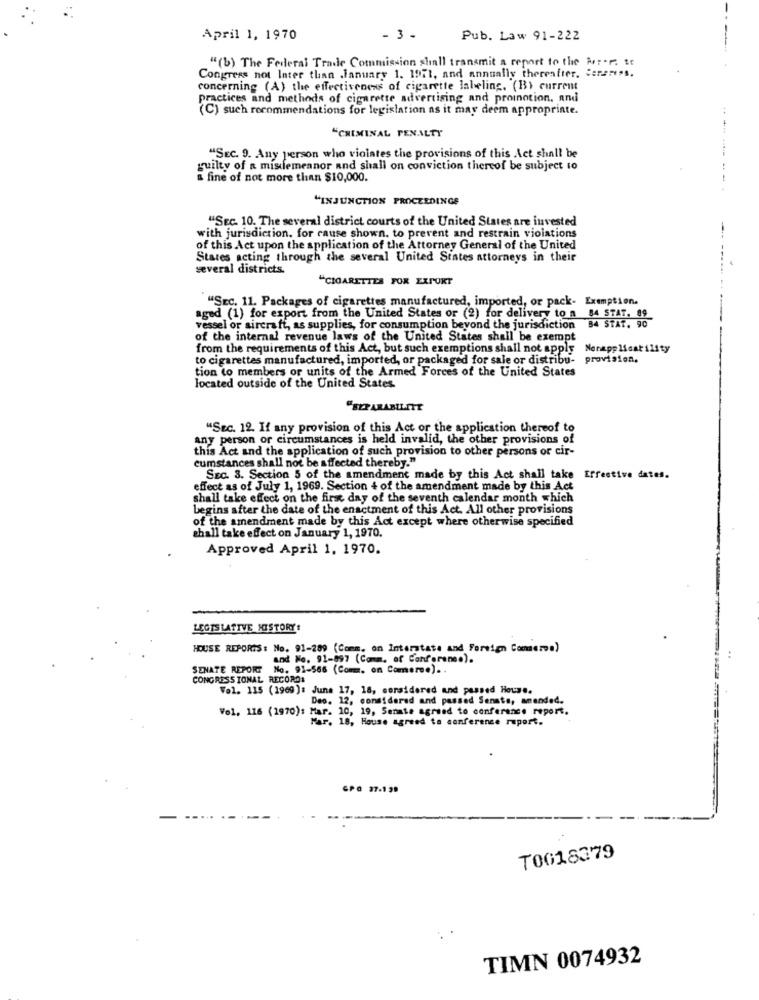
April 1, 1970
- 3 .
Pub. Law 91-222
"(b) The Federal Trade Commission shall transmit a report to the Per-r. se
Congress not Inter than .January 1. 1971, and annually thereafter. Sereress.
concerning (A) the effectiveness of cigarette labeling. (BY current
practices and methods of cigarette advertising and promotion, and
(C) such recommendations for legislation as it may deem appropriate.
"CRIMINAL PENALTY
"SEC. 9. Any person who violates the provisions of this Act shall be
guilty of a misdemeanor and shall on conviction thereof be subject to
a fine of not more than $10,000.
---------.
"INJUNCTION PROCEEDINGS
"SEC. 10. The several district courts of the United States are invested
-
with jurisdiction, for cause shown. to prevent and restrain violations
of this Act upon the application of the Attorney General of the United
States acting through the several United States attorneys in their
several districts.
"CIGARETTES FOX EXPORT
"SEC. 11. Packages of cigarettes manufactured, imported, or pack- Exemption.
aged (1) for export from the United States or (2) for delivery to a 84 STAT. 89
B4 STAT. 90
vessel or aircraft, as supplies, for consumption beyond the jurisdiction
of the internal revenue laws of the United States shall be exempt
from the requirements of this Act, but such exemptions shall not apply
Notapplicatility
to cigarettes manufactured, imported, or packaged for sale or distribu-
provision.
tion to members or units of the Armed Forces of the United States
located outside of the United States
"Sec. 12. If any provision of this Act or the application thereof to
any person or circumstances is held invalid, the other provisions of
this Act and the application of such provision to other persons or cir-
cumstances shall not be affected thereby."
SEC. 3. Section 5 of the amendment made by this Act shall take Effective dates.
effect as of July 1, 1969. Section 4 of the amendment made by this Act
shall take effect on the first day of the seventh calendar month which
begins after the date of the enactment of this Act. All other provisions
of the amendment made by this Act except where otherwise specified
shall take effect on January 1, 1970.
Approved April 1, 1970.
LEGISLATIVE HISTORY!
HOUSE REPORTS: No. 91-289 (Comm, on Interstate and Foreign Comerea)
and No. 91-897 (Comm. of Conforene.).
SENATE REPORT No. 91-566 (Comm. on Camere.) ..
CONGRESSIONAL RECORDS
Vol. 115 (1969): June 17, 18, corsidered and passed House.
Deo. 12, considered and passed Senats, amended.
Vel, 116 (1970): Mar. 10, 19, Serate agreed to conference report.
Mar. 18, House agreed to conference rupert.
GPO 37-1 39
T0018379
TIMN 0074932